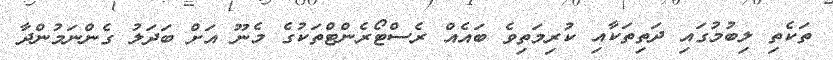
ތަކެތި ލިބުމުގައި ދަތިތަކާއި ކުރިމަތިވެ ބައެއް ރެސްޓޯރެންޓްތަކުގެ މެނޫ އަށް ބަދަލު ގެންނަމުންދާ